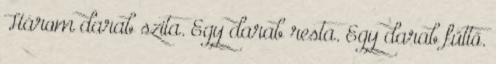
Három darab szita. Egy darab resta. Egy darab füttő.